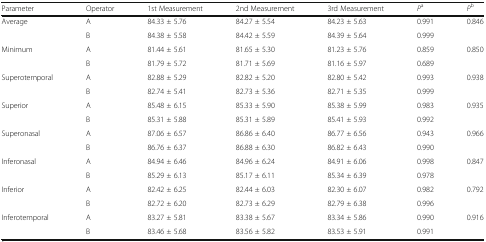
<table><thead><tr><td><b>Parameter</b></td><td><b>Operator</b></td><td><b>1st Measurement</b></td><td><b>2nd Measurement</b></td><td><b>3rd Measurement</b></td><td><b><i>P</i><sup>a</sup></b></td><td><b><i>P</i><sup>b</sup></b></td></tr></thead><tbody><tr><td rowspan="2">Average</td><td>A</td><td>84.33 ± 5.76</td><td>84.27 ± 5.54</td><td>84.23 ± 5.63</td><td>0.991</td><td rowspan="2">0.846</td></tr><tr><td>B</td><td>84.38 ± 5.58</td><td>84.42 ± 5.59</td><td>84.39 ± 5.64</td><td>0.999</td></tr><tr><td rowspan="2">Minimum</td><td>A</td><td>81.44 ± 5.61</td><td>81.65 ± 5.30</td><td>81.23 ± 5.76</td><td>0.859</td><td rowspan="2">0.850</td></tr><tr><td>B</td><td>81.79 ± 5.72</td><td>81.71 ± 5.69</td><td>81.16 ± 5.97</td><td>0.689</td></tr><tr><td rowspan="2">Superotemporal</td><td>A</td><td>82.88 ± 5.29</td><td>82.82 ± 5.20</td><td>82.80 ± 5.42</td><td>0.993</td><td rowspan="2">0.938</td></tr><tr><td>B</td><td>82.74 ± 5.41</td><td>82.73 ± 5.36</td><td>82.71 ± 5.35</td><td>0.999</td></tr><tr><td rowspan="2">Superior</td><td>A</td><td>85.48 ± 6.15</td><td>85.33 ± 5.90</td><td>85.38 ± 5.99</td><td>0.983</td><td rowspan="2">0.935</td></tr><tr><td>B</td><td>85.31 ± 5.88</td><td>85.31 ± 5.89</td><td>85.41 ± 5.93</td><td>0.992</td></tr><tr><td rowspan="2">Superonasal</td><td>A</td><td>87.06 ± 6.57</td><td>86.86 ± 6.40</td><td>86.77 ± 6.56</td><td>0.943</td><td rowspan="2">0.966</td></tr><tr><td>B</td><td>86.76 ± 6.37</td><td>86.88 ± 6.30</td><td>86.82 ± 6.43</td><td>0.990</td></tr><tr><td rowspan="2">Inferonasal</td><td>A</td><td>84.94 ± 6.46</td><td>84.96 ± 6.24</td><td>84.91 ± 6.06</td><td>0.998</td><td rowspan="2">0.847</td></tr><tr><td>B</td><td>85.29 ± 6.13</td><td>85.17 ± 6.11</td><td>85.34 ± 6.39</td><td>0.978</td></tr><tr><td rowspan="2">Inferior</td><td>A</td><td>82.42 ± 6.25</td><td>82.44 ± 6.03</td><td>82.30 ± 6.07</td><td>0.982</td><td rowspan="2">0.792</td></tr><tr><td>B</td><td>82.72 ± 6.20</td><td>82.73 ± 6.29</td><td>82.79 ± 6.38</td><td>0.996</td></tr><tr><td rowspan="2">Inferotemporal</td><td>A</td><td>83.27 ± 5.81</td><td>83.38 ± 5.67</td><td>83.34 ± 5.86</td><td>0.990</td><td rowspan="2">0.916</td></tr><tr><td>B</td><td>83.46 ± 5.68</td><td>83.56 ± 5.82</td><td>83.53 ± 5.91</td><td>0.991</td></tr></tbody></table>